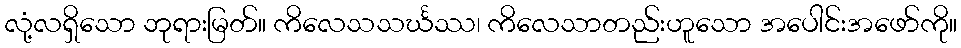
လုံ့လရှိသော ဘုရားမြတ်။ ကိလေသသင်္ဃဿ၊ ကိလေသာတည်းဟူသော အပေါင်းအဖော်ကို။